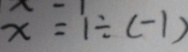
x = 1 \div ( - 1 )